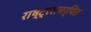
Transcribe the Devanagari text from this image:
राष्ट्रसमर्पित